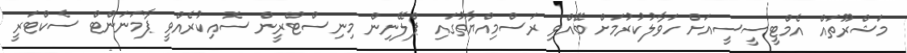
މަޝްރޫތައް އެމްޓީސީސީއަށް ހަވާލުކުރުމަށް ބޭއްވި ރަސްމިއްޔާތުގައި ޕްލޭނިން މިނިސްޓްރީން ސޮއިކުރެއްވީ ޕާމަނަންޓް ސެކްޓަރީ